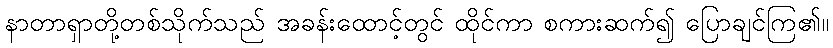
နာတာရှာတို့တစ်သိုက်သည် အခန်းထောင့်တွင် ထိုင်ကာ စကားဆက်၍ ပြောချင်ကြ၏။